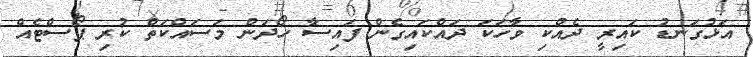
އަޅުގަނޑު ކައިރީ ދެއްކި ވާހަކަ ދައްކައިގެން ފައިސާ ހޯދަން މަސައްކަތް ކުރި ޕޯސްޓެއް